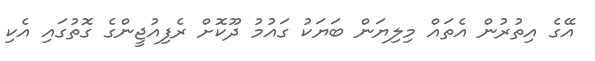
އޭގެ އިތުރުން އެތައް މިލިޔަން ބަޔަކު ގައުމު ދޫކޮށް ރެފިއުޖީންގެ ގޮތުގައި އެކި